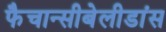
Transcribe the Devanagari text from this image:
फैचान्सीबेलीडांस